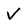
Character: V